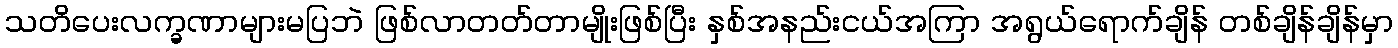
သတိပေးလက္ခဏာများမပြဘဲ ဖြစ်လာတတ်တာမျိုးဖြစ်ပြီး နှစ်အနည်းငယ်အကြာ အရွယ်ရောက်ချိန် တစ်ချိန်ချိန်မှာ